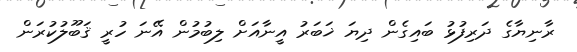
ރާނިޔާގެ ދަރިފުޅު ބައިގެން ދިޔަ ޚަބަރު އީނާއަށް ލިބުމުން އޭނަ ހުރީ ޤަބޫލުކުރަން